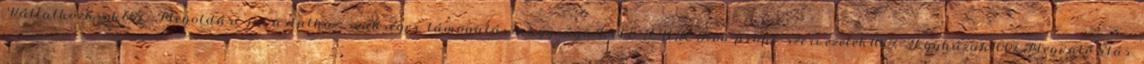
▪Vállalkozások60% ▪Megoldási javaslathoz szükséges támogatás nagysága40000 EUR▪Non-profit szervezetek100% ▪Egyházak100%▪Megvalósítás